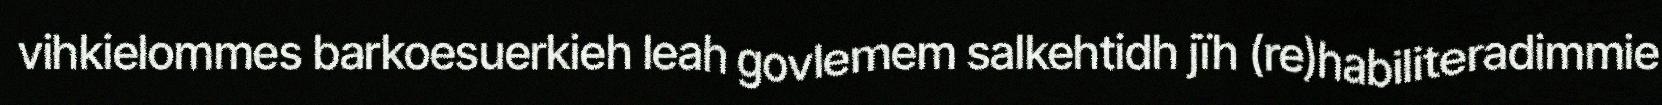
vihkielommes barkoesuerkieh leah govlemem salkehtidh jïh (re)habiliteradimmie